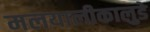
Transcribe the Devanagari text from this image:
मलयालीकालुडे